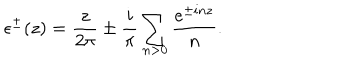
\epsilon ^ { \pm } ( z ) = \frac { z } { 2 \pi } \pm \frac { i } { \pi } \sum _ { n > 0 } \frac { e ^ { \pm i n z } } { n } .